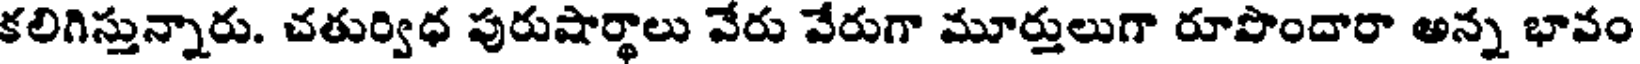
కలిగిస్తున్నారు. చతుర్విధ పురుషార్థాలు వేరు వేరుగా మూర్తులుగా రూపొందారా అన్న భావం